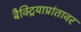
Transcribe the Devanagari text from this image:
बैक्ट्रियाप्रांतावर